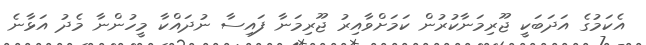
އެކަމުގެ އަދަބަކީ ޖޫރިމަނާކުރުން ކަމަށްވާއިރު ޖޫރިމަނާ ފައިސާ ނުދައްކާ މީހުންނާ މެދު އަޅާނެ